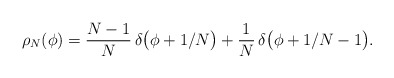
\begin{align*}\rho_N(\phi) = {N-1\over N}\, \delta \bigl(\phi + 1/N\bigr) + {1\over N}\,\delta\bigl(\phi + 1/N -1\bigr).\end{align*}